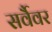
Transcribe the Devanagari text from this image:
सर्वैवर